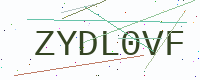
Text: ZYDL0VF